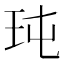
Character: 𤤀